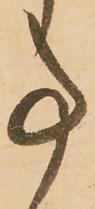
事